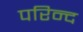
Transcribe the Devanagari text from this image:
परिन्द